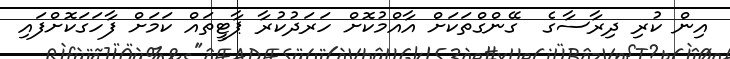
އިން ކުރި ދިރާސާގެ  ގޭންގްތަކަށް އާއްމުކޮށް ހަރަދުކުރާ ޕާޓީތައް ކަމަށް ފާހަގަކޮށްފައި